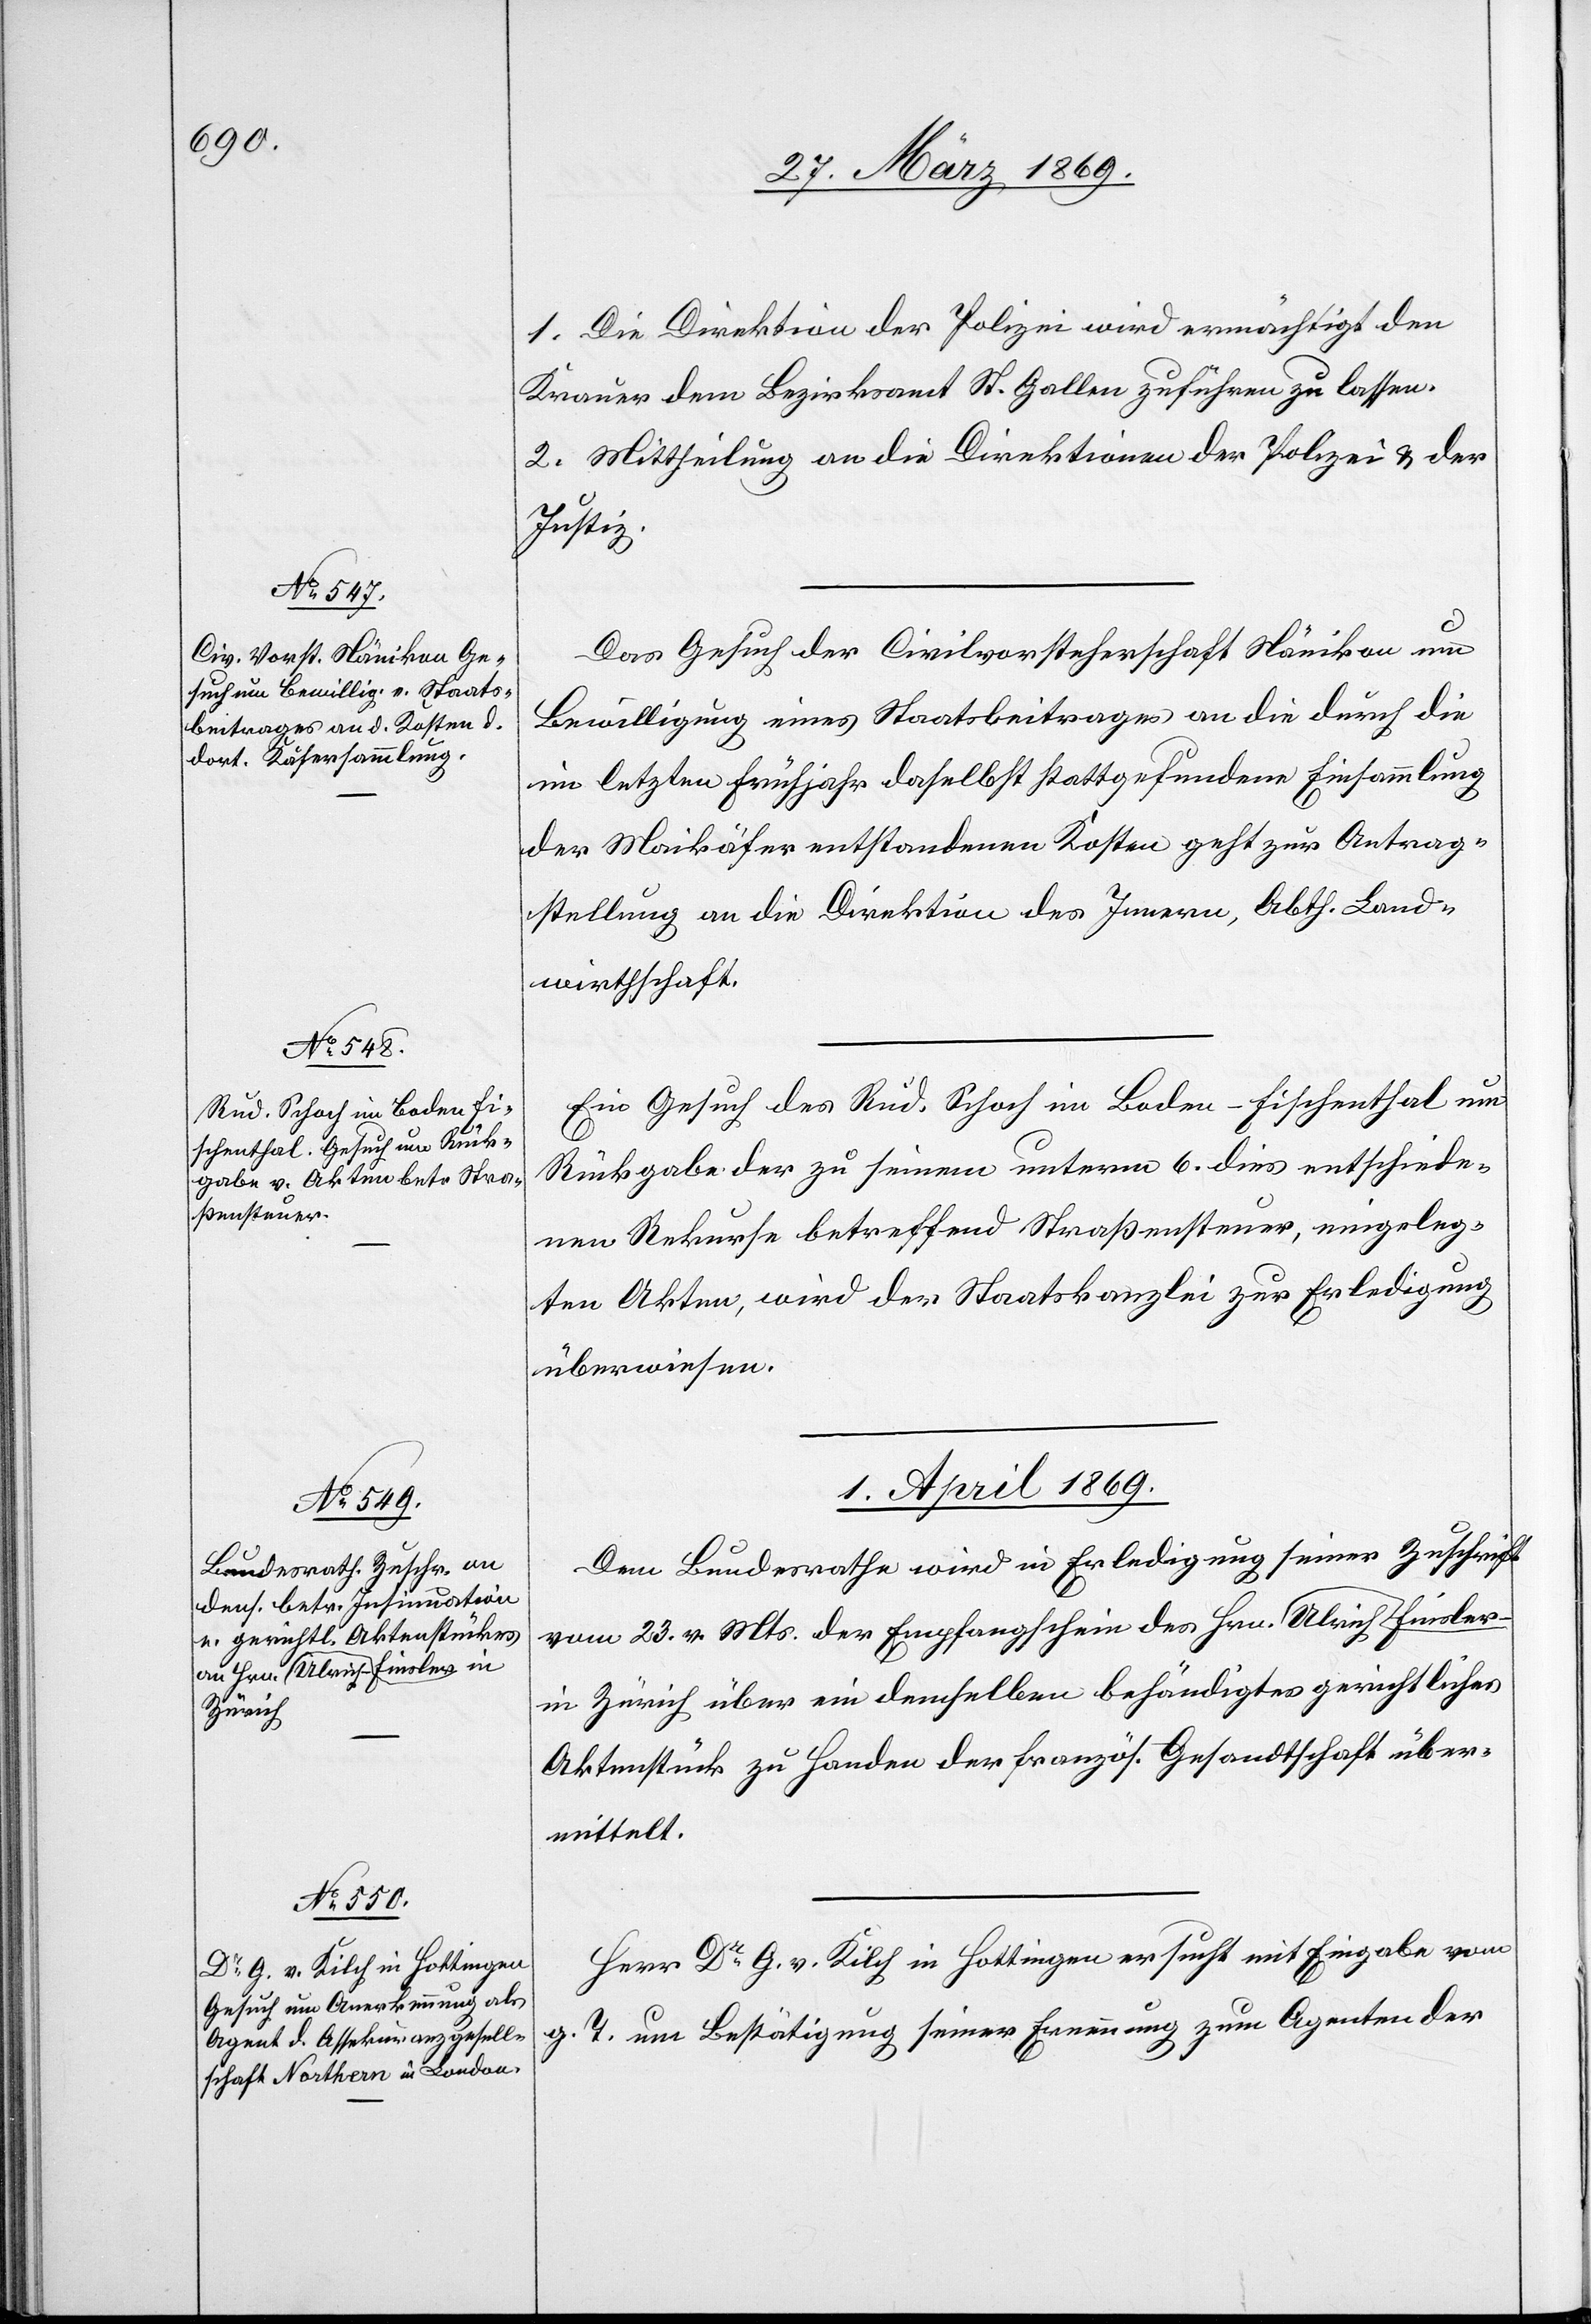
31. März 1869.]
1. Die Direktion der Polizei wird ermächtigt den
Krauer dem Bezirksamt St. Gallen zuführen zu lassen.
2. Mittheilung an die Direktion der Polizei u. der
Justiz.
Das Gesuch der Civilvorsteherschaft Nänikon um
Bewilligung eines Staatsbeitrages an die durch die
im letzten Frühjahr daselbst stattgefundene Einsammlung
der Maikäfer entstandenen Kosten geht zur Antrag¬
stellung an die Direktion des Innern, Abth. Land¬
wirthschaft.
Ein Gesuch des Rud. Schoch im Boden – Fischenthal um
Rückgabe der zu seinem unterm 6. dies entschiede¬
nen Rekurse betreffend Straßensteuer, eingeleg¬
ten Akten, wird der Staatskanzlei zur Erledigung
überwiesen.
1. April 1869.]
Dem Bundesrathe wird in Erledigung seiner Zuschrift
vom 23. v. Mts. der Empfangsschein des Hrn. Ulrich Finsler
in Zürich über ein demselben behändigtes gerichtliches
Aktenstück zu Handen der französ. Gesandtschaft über¬
mittelt.
Herr Dr G. v. Kilch in Hottingen ersucht mit Eingabe vom
g. T. um Bestätigung seiner Ernennung, zum Agenten der